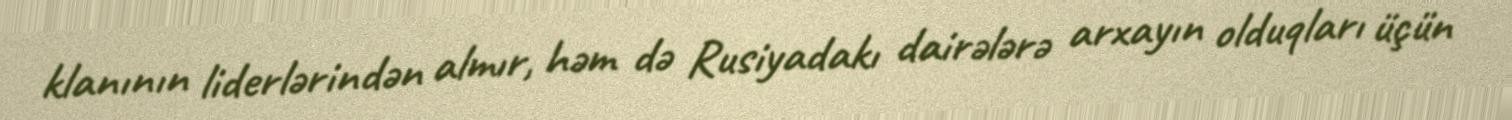
klanının liderlərindən almır, həm də Rusiyadakı dairələrə arxayın olduqları üçün